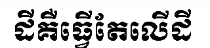
ដីគឺធ្វើតែលើដី